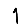
Digit: 1